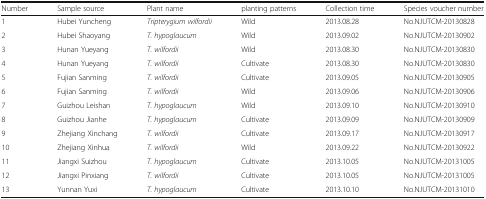
| Number | Sample source | Plant name | planting patterns | Collection time | Species voucher number |
 | --- | --- | --- | --- | --- | --- |
 | 1 | Hubei Yuncheng | Tripterygium wilfordii | Wild | 2013.08.28 | No.NJUTCM-20130828 |
 | 2 | Hubei Shaoyang | T. hypoglaucum | Wild | 2013.09.02 | No.NJUTCM-20130902 |
 | 3 | Hunan Yueyang | T. wilfordii | Wild | 2013.08.30 | No.NJUTCM-20130830 |
 | 4 | Hunan Yueyang | T. wilfordii | Cultivate | 2013.08.30 | No.NJUTCM-20130830 |
 | 5 | Fujian Sanming | T. wilfordii | Cultivate | 2013.09.05 | No.NJUTCM-20130905 |
 | 6 | Fujian Sanming | T. wilfordii | Wild | 2013.09.06 | No.NJUTCM-20130906 |
 | 7 | Guizhou Leishan | T. hypoglaucum | Wild | 2013.09.10 | No.NJUTCM-20130910 |
 | 8 | Guizhou Jianhe | T. hypoglaucum | Cultivate | 2013.09.09 | No.NJUTCM-20130909 |
 | 9 | Zhejiang Xinchang | T. wilfordii | Cultivate | 2013.09.17 | No.NJUTCM-20130917 |
 | 10 | Zhejiang Xinhua | T. wilfordii | Wild | 2013.09.22 | No.NJUTCM-20130922 |
 | 11 | Jiangxi Suizhou | T. hypoglaucum | Cultivate | 2013.10.05 | No.NJUTCM-20131005 |
 | 12 | Jiangxi Pinxiang | T. wilfordii | Cultivate | 2013.10.05 | No.NJUTCM-20131005 |
 | 13 | Yunnan Yuxi | T. hypoglaucum | Cultivate | 2013.10.10 | No.NJUTCM-20131010 |